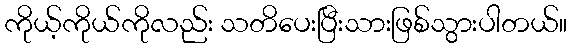
ကိုယ့်ကိုယ်ကိုလည်း သတိပေးပြီးသားဖြစ်သွားပါတယ်။